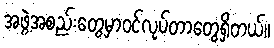
အဖွဲ့အစည်းတွေမှာဝင်လုပ်တာတွေရှိတယ်။